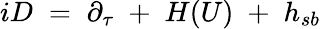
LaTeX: iD\; =\; \partial_{\tau}\; +\; H(U)\; +\; h_{sb}